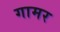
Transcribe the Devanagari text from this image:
गामर